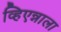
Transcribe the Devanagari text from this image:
व्हिएन्नाला